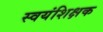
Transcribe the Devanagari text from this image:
स्वयंशिक्षक